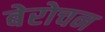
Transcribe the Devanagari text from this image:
बेरोचन